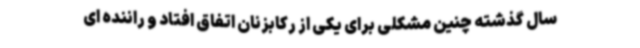
سال گذشته چنین مشکلی برای یکی از رکابزنان اتفاق افتاد و راننده ای